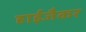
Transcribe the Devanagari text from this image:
हाईजैकर